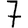
Digit: 7